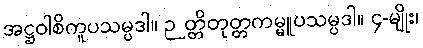
အဋ္ဌဝါစိကူပသမ္ပဒါ။ ဉတ္တိတုတ္တကမ္မူပသမ္ပဒါ။ ၄-မျိုး၊